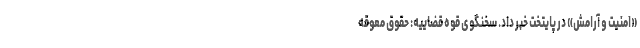
«امنیت و آرامش» در پایتخت خبر داد. سخنگوی قوه قضاییه: حقوق معوقه